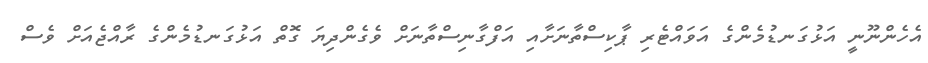
އެހެންނޫނީ އަޅުގަނޑުމެންގެ އަވައްޓެރި ޕާކިސްތާނަށާއި އަފްގާނިސްތާނަށް ވެގެންދިޔަ ގޮތް އަޅުގަނޑުމެންގެ ރާއްޖެއަށް ވެސް